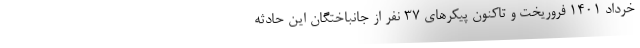
خرداد ۱۴۰۱ فروریخت و تاکنون پیکرهای ۳۷ نفر از جانباختگان این حادثه